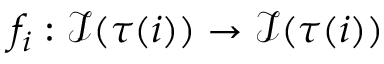
f _ { i } : \mathcal { I } ( \tau ( i ) ) \rightarrow \mathcal { I } ( \tau ( i ) )